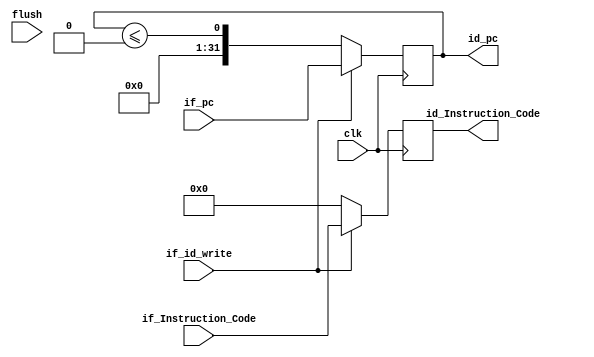
`timescale 1ns / 1ps
//////////////////////////////////////////////////////////////////////////////////
// Company: 
// Engineer: 
// 
// Design Name: 
// Module Name:    if_id 
// Project Name: 
// Target Devices: 
// Tool versions: 
// Description: 
//
// Dependencies: 
//
// Revision: 
// Revision 0.01 - File Created
// Additional Comments: 
//
//////////////////////////////////////////////////////////////////////////////////
module if_id(
	input clk,if_id_write,flush,
	input wire[31:0]if_Instruction_Code,
	input wire[31:0]if_pc,
	output reg [31:0]id_pc,
	output reg [31:0]id_Instruction_Code);

always @(posedge clk) begin
		if(if_id_write) begin
			id_pc<=if_pc;
			id_Instruction_Code<=if_Instruction_Code;
		end
		else begin
			id_pc<=id_pc<=32'b0;
			id_Instruction_Code<=32'b0;
			end
	end

endmodule